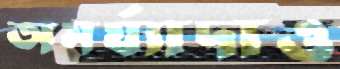
অমর্য্যাদাও